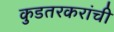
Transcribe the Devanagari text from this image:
कुडतरकरांची